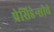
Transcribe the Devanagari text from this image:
प्रेसिडेन्सीचे